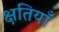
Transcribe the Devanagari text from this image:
क्षतियाँ